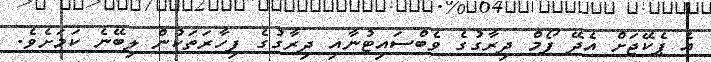
އެ ޕެކޭޖަށް އެދޭ ފޯމް ދިރާގުގެ ވެބްސައިޓުނާއި ދިރާގުގެ ފިހާރަތަކުން ލިބޭނެ ކަމަށެވެ.